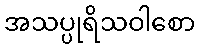
အသပ္ပုရိသဝါစော